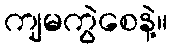
ကျမကွဲစေနဲ့။